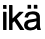
ikä